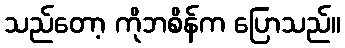
သည်တော့ ကိုဘစိန်က ပြောသည်။